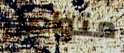
متواصل